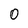
Character: 0